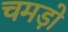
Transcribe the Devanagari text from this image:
चमड़ो